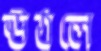
ঊঠলে